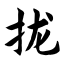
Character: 拢